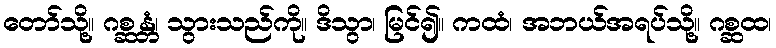
တော်သို့။ ဂစ္ဆန္တံ၊ သွားသည်ကို။ ဒိသွာ၊ မြင်၍။ ကထံ၊ အဘယ်အရပ်သို့။ ဂစ္ဆထ၊